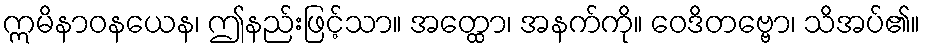
ဣမိနာဝနယေန၊ ဤနည်းဖြင့်သာ။ အတ္ထော၊ အနက်ကို။ ဝေဒိတဗ္ဗော၊ သိအပ်၏။